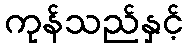
ကုန်သည်နှင့်